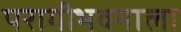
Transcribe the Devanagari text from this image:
परागीभवनाला